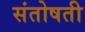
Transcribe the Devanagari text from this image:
संतोषती